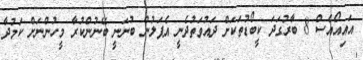
އައިއޯއެސް 8 ބާރުގަދަ ކީބޯޑުތަކަށް ދައުވަތުދެނީ އެޕަލުން ބުނަނީ ބޭނުންކުރާ މީހުންނަށް ކަމުދާ